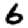
Digit: 6